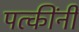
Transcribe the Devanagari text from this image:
पत्कींनी